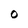
Character: O